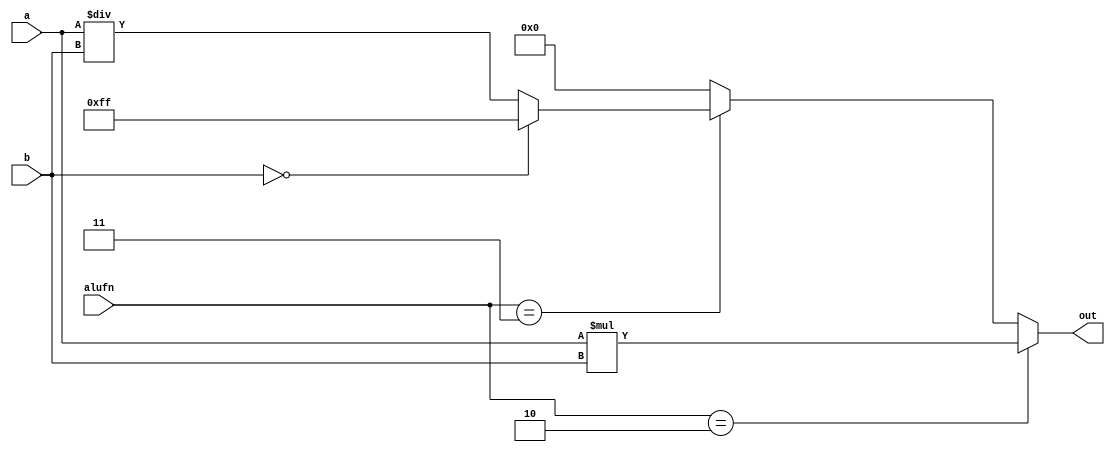
module multiplier_8 (
    input [7:0] a,
    input [7:0] b,
    input [1:0] alufn,
    output reg [7:0] out
  );
  
  
  
  always @* begin
    out = 1'h0;
    if (alufn == 2'h2) begin
      out = a * b;
    end else begin
      if (alufn == 2'h3) begin
        if (b == 1'h0) begin
          out = 8'hff;
        end else begin
          out = a / b;
        end
      end
    end
  end
endmodule